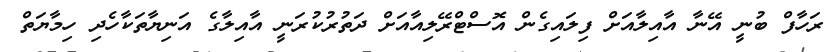
ރަހާފް ބުނީ އޭނާ އާއިލާއަށް ފިލައިގެން އޮސްޓްރޭލިއާއަށް ދަތުރުކުރަނީ އާއިލާގެ އަނިޔާތަކާހެދި ހިމާޔަތް